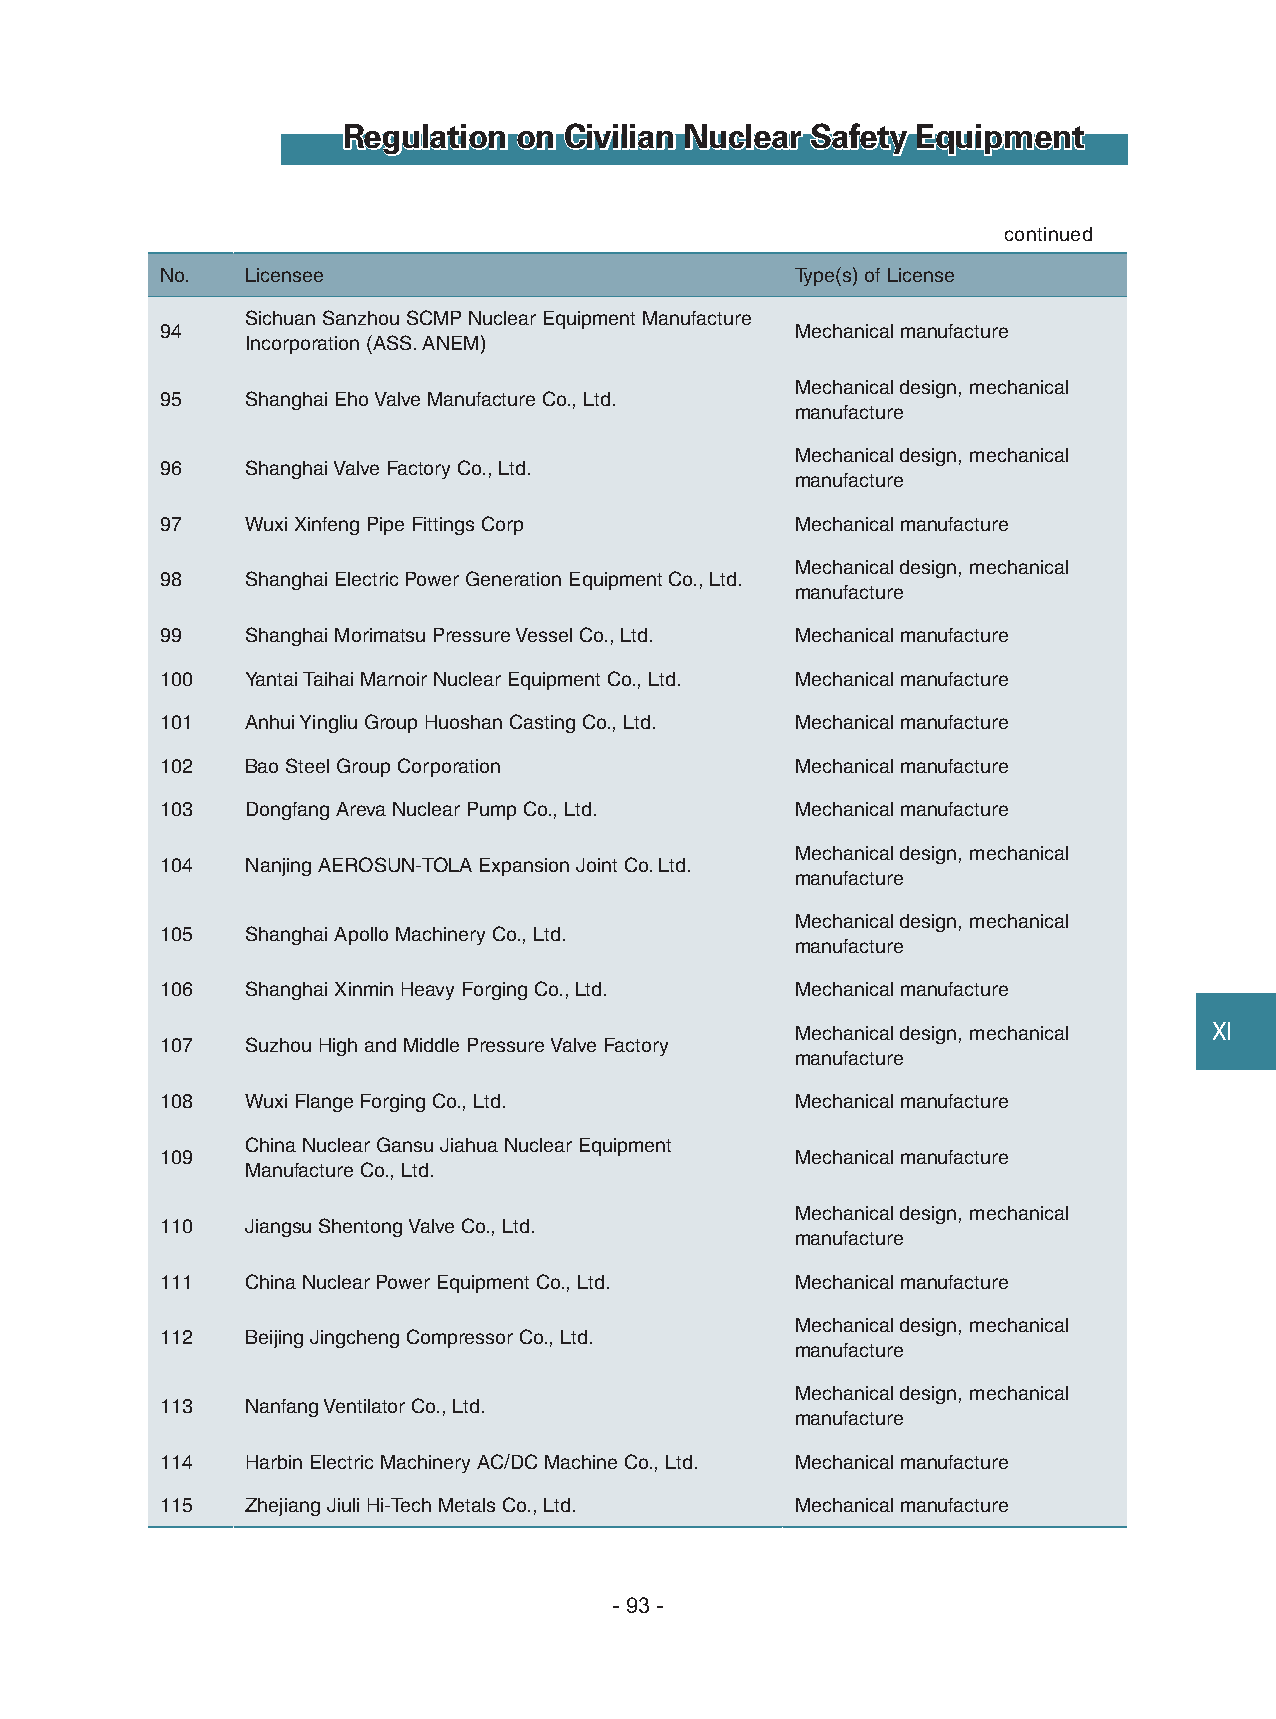
Regulation on Civilian Nuclear Safety Equipment
 continued
 No.  Licensee                             Type(s) of License
 Sichuan Sanzhou SCMP Nuclear Equipment Manufacture
 94                                        Mechanical manufacture
 Incorporation (ASS. ANEM)
 Mechanical design, mechanical
 95   Shanghai Eho Valve Manufacture Co., Ltd.
 manufacture
 Mechanical design, mechanical
 96   Shanghai Valve Factory Co., Ltd.
 manufacture
 97   Wuxi Xinfeng Pipe Fittings Corp      Mechanical manufacture
 Mechanical design, mechanical
 98   Shanghai Electric Power Generation Equipment Co., Ltd.
 manufacture
 99   Shanghai Morimatsu Pressure Vessel Co., Ltd. Mechanical manufacture
 100  Yantai Taihai Marnoir Nuclear Equipment Co., Ltd. Mechanical manufacture
 101  Anhui Yingliu Group Huoshan Casting Co., Ltd. Mechanical manufacture
 102  Bao Steel Group Corporation          Mechanical manufacture
 103  Dongfang Areva Nuclear Pump Co., Ltd. Mechanical manufacture
 Mechanical design, mechanical
 104  Nanjing AEROSUN-TOLA Expansion Joint Co. Ltd.
 manufacture
 Mechanical design, mechanical
 105  Shanghai Apollo Machinery Co., Ltd.
 manufacture
 106  Shanghai Xinmin Heavy Forging Co., Ltd. Mechanical manufacture
 Mechanical design, mechanical Ⅺ
 107  Suzhou High and Middle Pressure Valve Factory
 manufacture
 108  Wuxi Flange Forging Co., Ltd.        Mechanical manufacture
 China Nuclear Gansu Jiahua Nuclear Equipment
 109                                       Mechanical manufacture
 Manufacture Co., Ltd.
 Mechanical design, mechanical
 110  Jiangsu Shentong Valve Co., Ltd.
 manufacture
 111  China Nuclear Power Equipment Co., Ltd. Mechanical manufacture
 Mechanical design, mechanical
 112  Beijing Jingcheng Compressor Co., Ltd.
 manufacture
 Mechanical design, mechanical
 113  Nanfang Ventilator Co., Ltd.
 manufacture
 114  Harbin Electric Machinery AC/DC Machine Co., Ltd. Mechanical manufacture
 115  Zhejiang Jiuli Hi-Tech Metals Co., Ltd. Mechanical manufacture
 - 93 -